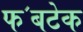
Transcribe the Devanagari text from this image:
फ॔बटेक